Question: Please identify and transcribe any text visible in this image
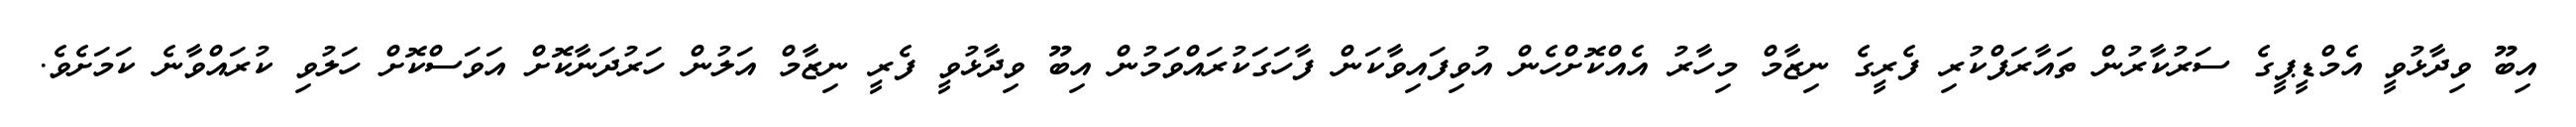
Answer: އިބޫ ވިދާޅުވީ އެމްޑީޕީގެ ސަރުކާރުން ތައާރަފްކުރި ފެރީގެ ނިޒާމް މިހާރު އެއްކޮށްހެން އުވިފައިވާކަން ފާހަގަކުރައްވަމުން އިބޫ ވިދާޅުވީ ފެރީ ނިޒާމް އަލުން ހަރުދަނާކޮށް އަވަސްކޮށް ހަލުވި ކުރައްވާނެ ކަމަށެވެ.